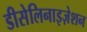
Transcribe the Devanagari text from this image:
डीसेलिनाइज़ेशन